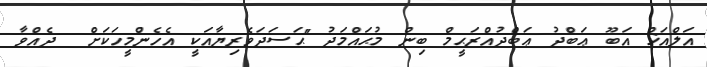
އަލްއަޚް އަބޫ ޢަބްދު ޢަބްދުއްރަޙީމް ބިން މުޙައްމަދު "ޙަސަދަވެރިޔާއަކީ އެހެންމީހަކަށް  ދެއްވާ